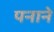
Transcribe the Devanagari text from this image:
पनाने